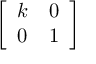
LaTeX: \left[ \begin{array} { l l } { k } & { 0 } \\ { 0 } & { 1 } \end{array} \right]